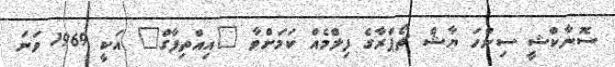
ސޮނާކްޝީ ސިންހަ ޔާޝް ޗޯޕްރާގެ ފިލްމެއް ކަމަށްވާ "އިއްތިފާގް" އަކީ 1969 ވަނަ